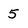
Character: 5